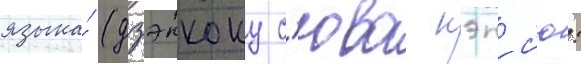
языка́ (дзэнкоку с'юва кэнс'ю: